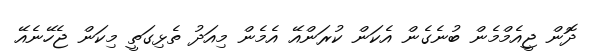
ދޮން ޖީއެމްމެން ބުނެގެން އެކަން ކުރަންއޭ އެމެން މިއަދު ތެޅިގަތީ މިކަން ޖެހޭނެއޭ